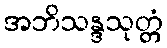
အဘိသန္ဒသုတ္တံ